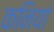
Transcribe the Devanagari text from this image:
कनियां